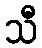
သီ